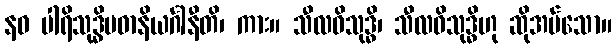
နဝ ပါရိသုဒ္ဓိပဓာနိယင်္ဂါနီတိ၊ ကား။ သီလဝိသုဒ္ဓိ၊ သီလဝိသုဒ္ဓိဟု ဆိုအပ်သော။